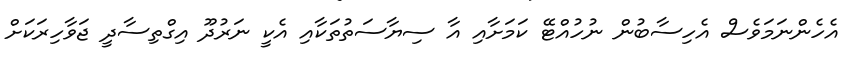
އެހެންނަމަވެސް އެހިސާބުން ނުހުއްޓޭ ކަމަށާއި އާ ސިޔާސަތުތަކާއި އެކީ ނަރުދޫ އިގްތިސާދީ ޖަވާހިރަކަށް